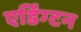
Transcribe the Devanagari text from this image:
एर्डिंग्टन